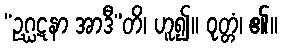
“ဥဂ္ဃဋနာ အာဒီ”တိ၊ ဟူ၍။ ဝုတ္တံ၊ ၏။